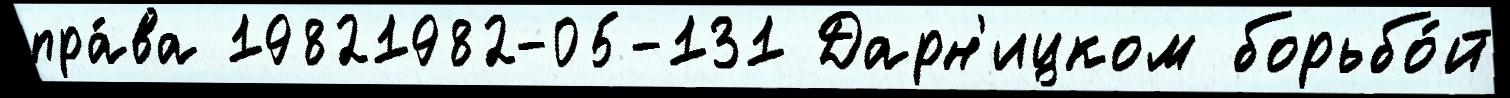
пра́ва 19821982-05-131 Дарн'ицком борьбо́й